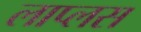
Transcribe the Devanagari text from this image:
लाप्लस